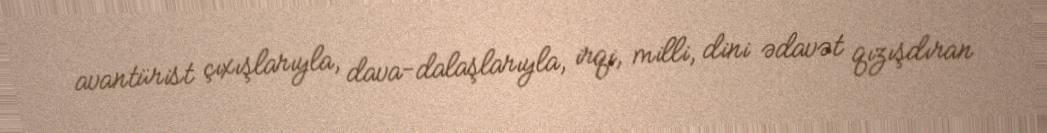
avantürist çıxışlarıyla, dava-dalaşlarıyla, irqi, milli, dini ədavət qızışdıran